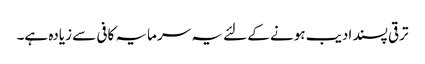
ترقی پسند ادیب ہونے کے لئے یہ سرمایہ کافی سے زیادہ ہے۔